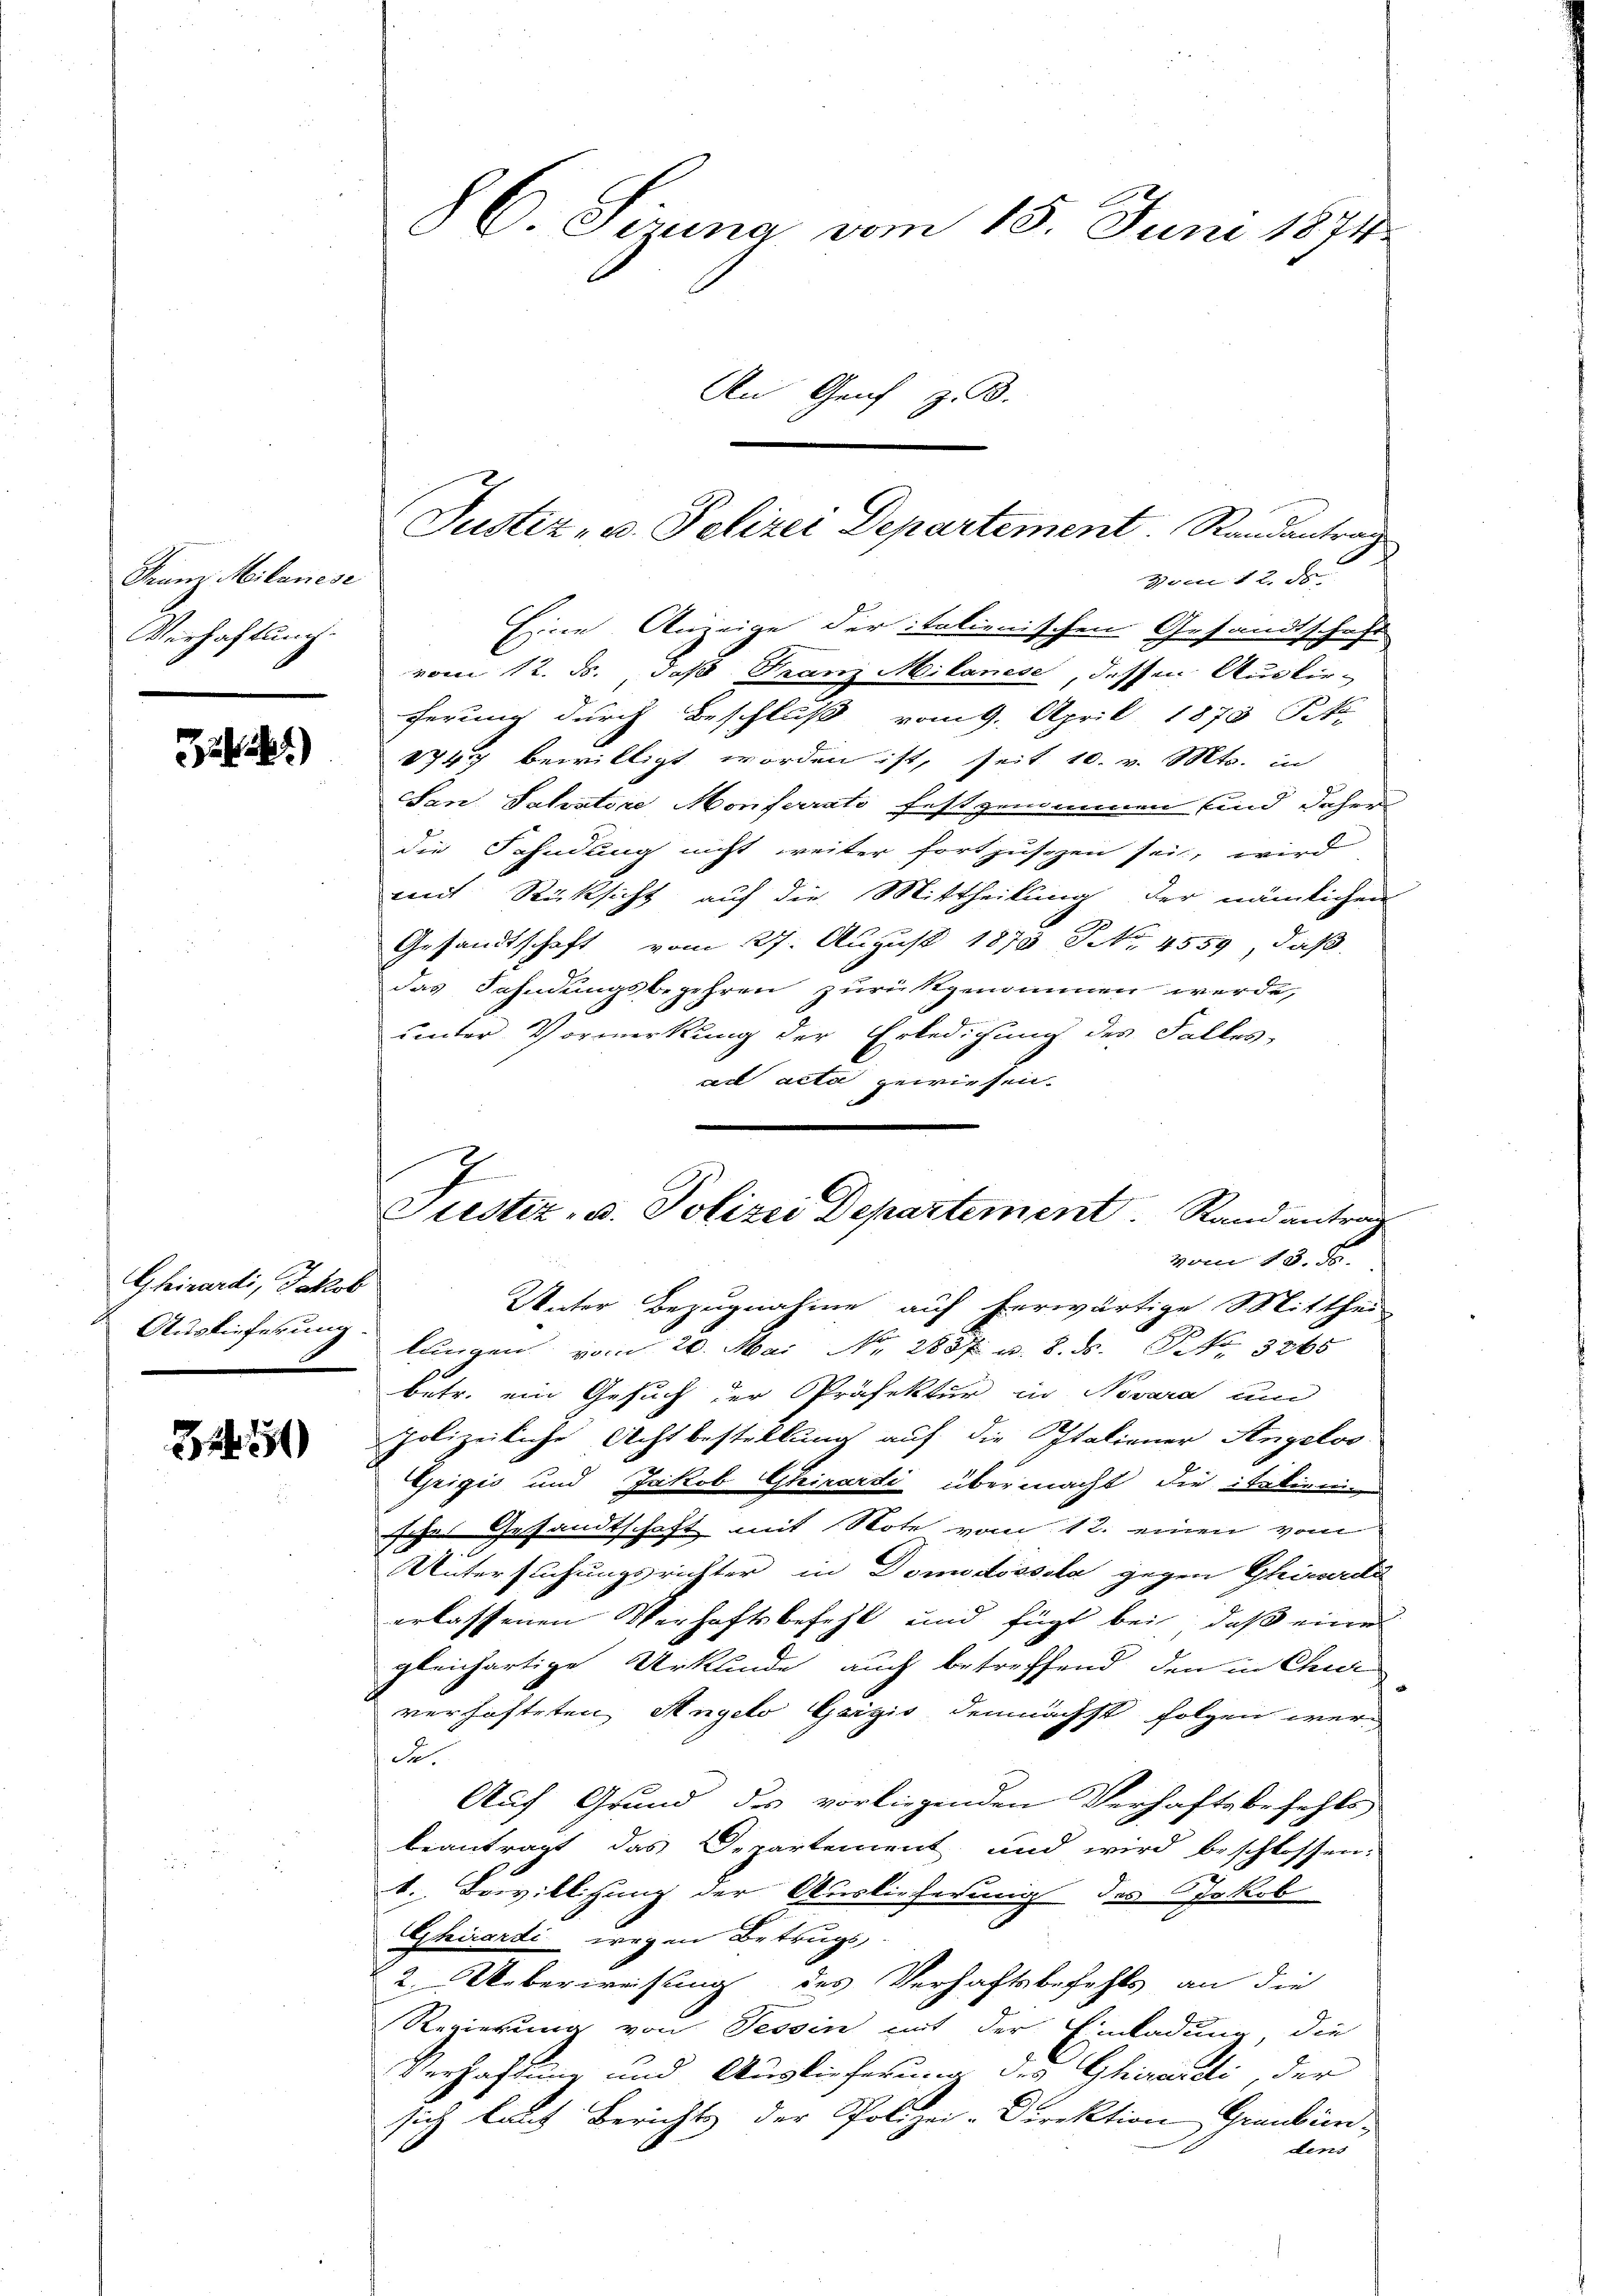
Franz Milanese
Verhaftung.

)

Ghizardi, Jakob

72. 551

8C. Sirna vom 15. Juni 1874.
An Genf z. B.

Vom 12. ds.
Eine Anzeige der itationischen Gesandtschaft
vom 12. ds., daß Franz Milanese, dessen Auskir-
ferung durch Beschluß vom 9. April 1873 Pet
1747 bewilligt worden ist, seit 10. v. Mts. in
San Salatore Monferrats festgenommen sind daher
die Fahndung nicht weiter fortzusehen sei, wird
mit Rücksicht auf die Mittheilung der nämlichen
Gesandtschaft vom 27. August 1873 NNo. 4559, daß
das Fahndungsbegehren zurückgenommen werde,
unter Vormerkung der Erledigung des Falles-
ad acta gewiesen.
vom 13. ds.
Unter Bezugnahme auf herwärtige Mitthei
Auslieferung langen vom 20. Mai Nr. 2887 u. 8. ds. No. 3265
betr. ein Gesuch der Präfektur in Novara und
polizeiliche Achtbestellung auf die Italiener Angeloo
Grigić und Jakob Ghirardi übermacht die italieni
sche Gesandtschaft mit Note vom 12. einen vom
Untersuchungsrichter in Domidissola gegen Girarda
erlassenen Verhaftsbefehl und fügt bei, daß eine
gleichartige Urkunde auch betreffend den in Chur
verhafteten Angelo Geigis demnächst folgen wer-
Se.
Auf Grund des vorliegenden Verhaftsbefehle
beantragt das Departement und wird beschlossen:
k. Bewilligung der Auslieferung des Jakob
Ghirardi wegen Betrugs
2. Ueberweisung des Verhaftsbefehls an die
Regierung von Tessin mit der Einladung, die
Verhaftung und Auslieferung des Ghiranti, der
sich laut Berichts der Polizei-Direktion Graubündens

Justiz- u. Polizei Departement Randantrag

2
Justiz- u. Polizei Departement Rand antrag